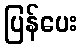
ပြန်ပေး